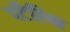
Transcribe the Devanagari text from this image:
पटैरिया